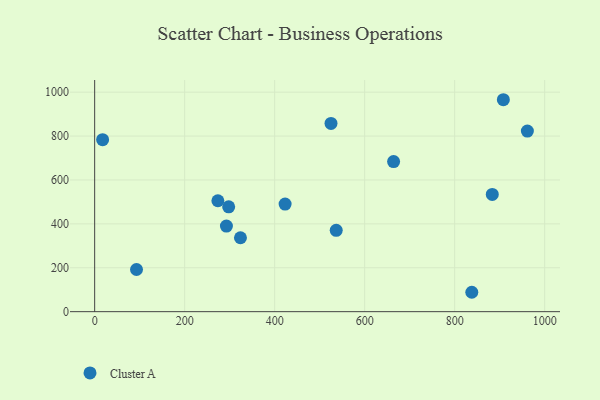
{"axis": {"x": "Ad Spend", "y": "Rating"}, "legend": ["Cluster A"], "data": [{"x": "273.8", "y": 505.2, "type": "Cluster A"}, {"x": "93.0", "y": 192.0, "type": "Cluster A"}, {"x": "536.8", "y": 370.4, "type": "Cluster A"}, {"x": "17.7", "y": 783.6, "type": "Cluster A"}, {"x": "883.6", "y": 534.3, "type": "Cluster A"}, {"x": "292.8", "y": 390.1, "type": "Cluster A"}, {"x": "525.2", "y": 857.7, "type": "Cluster A"}, {"x": "908.2", "y": 965.6, "type": "Cluster A"}, {"x": "838.1", "y": 88.3, "type": "Cluster A"}, {"x": "423.2", "y": 490.0, "type": "Cluster A"}, {"x": "961.6", "y": 822.8, "type": "Cluster A"}, {"x": "297.8", "y": 477.5, "type": "Cluster A"}, {"x": "324.0", "y": 336.7, "type": "Cluster A"}, {"x": "664.3", "y": 683.8, "type": "Cluster A"}]}